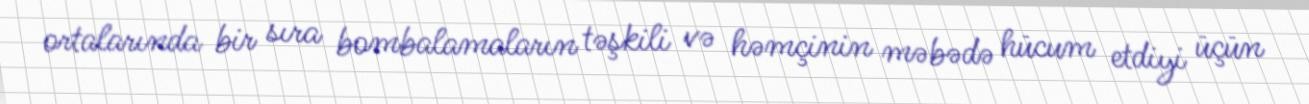
ortalarında bir sıra bombalamaların təşkili və həmçinin məbədə hücum etdiyi üçün